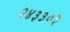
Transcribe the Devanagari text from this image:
२४३३०३